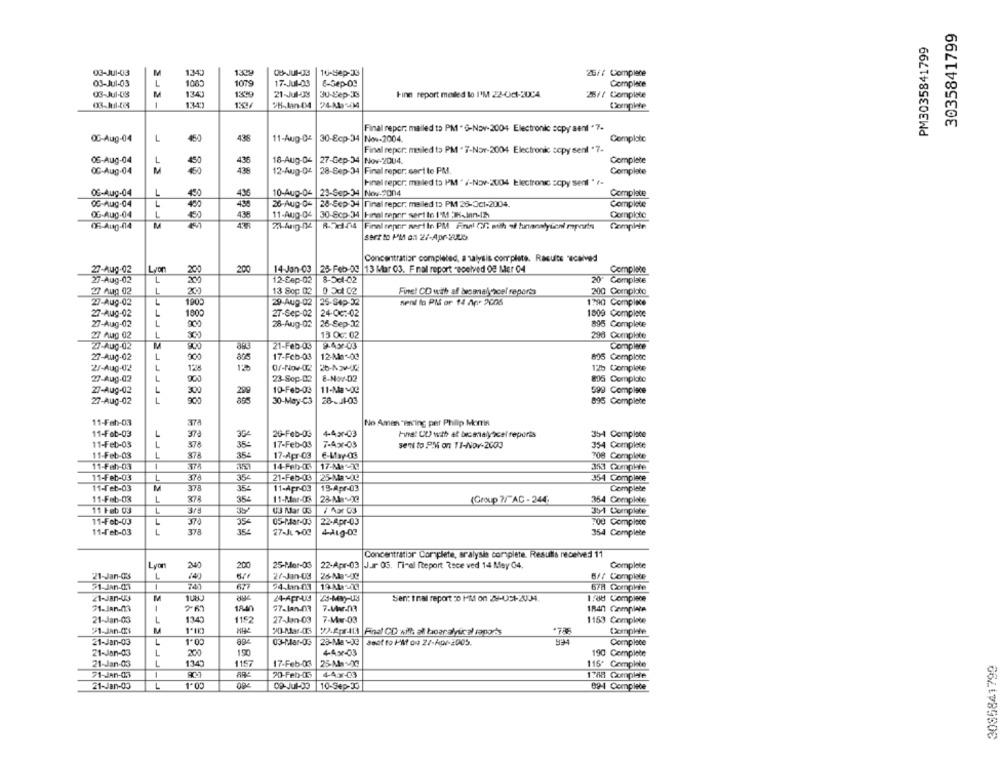
3035841799
PM3035841799
03-JU1-03
1340
130
CB-JUP-33
16-Sep-33
2G// Complene
03-Jul-03
1005
1079
17-Jul-03
8-Sep-09
Complete
03-Jul-OS
1343
1329
21-Jul-08
Ju-Sep-3
Fine report mailed to I'M 22-0ct-2004
28// Complete
24A:14
Complete
Final repor: mailed to PM " 6-Nov-2004 Electronic copy sent "7.
L
450
435
11-Aug-04
30-Ecp-34 Nov-2004.
Completo
00-Aug-04
Final repor: mailed to PM . 7-Nov-2004 Electronic copy senl "7.
05-Aug-04
L
430
436
18-Aug-04
27-Cep-34 Nov-2004.
Complete
OC-Aug-04
M
439
12-Aug-04 |28-Sep-34 |Final repor, sert to PM
Complete
Final reper. mailed to PM " /-Nov-2004 Electronic scpy senl" ?-
L
06-Aug-04
450
10-Aug-04 |23-Sep-34 Nov-2004
Complete
OG-Aug-04
L
700
430
26-Aug-04
28-Sep-34 Final repor. melled to PM 26-Oct-2004.
Complete
OG-Aug-04
L
436
Complotc
11-Aug-04 |30-Scp-34 |Final reper sert to I'M 3.inn-/A
05-Aug-04
8-2-1-04
Final tepor pertin PM Final Cli ath st hunaonlyteni mports
Comple
sert to MM as 2/-Apr-200b.
Concentratiar completed, a salysis complete. Results 'ecaiwd
27-Aug-02
Lyon
-200
200
14-Jan-03
25-Feb-09 |13 Mar 03. F nal report received 08 Mer 04
Complete
27-Aug-02
12-Cap-02
8-5cl-02
20" Complate
L
13 Soc 02
0 X1 02
27 Aug 02
Finne! CD with af bvsmaly scel reports
200 Comploto
27-Aug-02
1900
29-Aug-02
25-549-32
sent lo PM or 14 Apr 2008
1790 Compiace
L
1800
24-0c :- 02
27-Aug-02
27-Sep-02
1809 Complete
27-Aug-02
L
28-Aug-02
26-Sep-32
895 Complete
27 Aug 02
L
13 Oc: 02
290 Complate
27-AuQ-02
21-Feb-03
9-45-03
Complace
27-Aug-02
1
200
17-Feb-03
12-Men-00
815 Complete
2/-Aug-02
L
128
120
0f-Nov-02
12b Complete
27-Aug-02
L
23-Sep-02
E-Nov-02
835 Comploto
27-Aug-02
L
10-Feb-09
11-MavJC
599 Complace
300
299
27-Aug-02
L
30-May-C3
28 -. J1-03
895 Complete
11-Feb-03
374
No Ami "Having per Philip Morris
11-Feb-03
1
37à
3G
26-Feb-03
4-4x-03
hiha! UD with at brcmaiyscel reports
35-4 Complace
11-Feb-03
L
378
35:
17-Feb-03
7-Apr-03
seni to PIK on 13-Nov-2003
354 Complete
11-Feb-03
1
37ª
35%
17-Apr-03
708 Complete
11-Feb-03
375
14-Feb-03
35 Complife
11-Feb-03
1
354
21-Feb-03
25-MaxOC
354 Complete
11-Feb-03
M
37
35+
11-Apr-03
19-Apr-03
Complete
11-Feb-03
1
378
354
11-Mar-08
(Group ?/"AC - 244.
354 Complete
11 Feb 03
1
03 Mar US
35 Complete
11-Feb-03
1
35€
05-Mar-03
22-Apr-03
FOO Complete
11-feb-03
L
378
354
27-JL 100
4-A19-00
354 Complete
Concentratior Complete, aralysis complète. Resulis received 11
240
25-Mar-03
22-Apr-03
Lyon
200
Jur OG. fi-al fteport ?sce ved 14 May 04.
Complete
21-Jan-03
L
27-Jan-03
6/7 Complete
51-Jan-03
1
745
4.Lin-03
19. A 413
678 Compkie
21-Jan-03
23-May-US
Sent t nal report :0 PM on :29-051-2004.
1,80 Complace
31.Jan.03
1840
77.1an-03
7.Mar.03
1840 Campiwie
21-Jan-03
L
134
1152
27-Jan-03
1153 Complete
>1-Jan-03
M
1*EK)
20-Mar-4IS
21-Jan-03
L
1'00
03-Par-03
25-Ma wJe
seat to PMf ou 27-Apr-2005.
Complace
21-Jan-03
L
200
44x-03
190 Complete
21-Jan-03
L
1345
1157
17-Feb-03
3085841799
115 Complete
71-Jan-05
70-Feb-05
4-4.x-03
1:88 Complete
21-Jan-03
-J
1.00
09-Jul-20
10-Sep-30
89-4 Complete